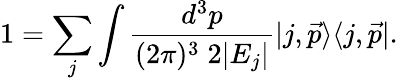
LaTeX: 1=\sum_{j}\int\frac{d^{3}p}{(2\pi)^{3}\; 2|E_{j}|}|j,\vec{p}\rangle\langle j,\vec{p}|.